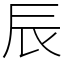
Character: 辰